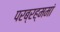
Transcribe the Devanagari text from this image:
परब्रह्ममां